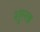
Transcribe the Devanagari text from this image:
शुल्त्ज़